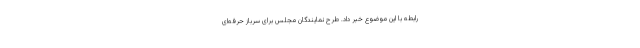
رابطه با این موضوع خبر داد. طرح نمایندگان مجلس برای سرباز حرفه‌ای